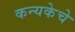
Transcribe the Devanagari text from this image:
कन्यकेचे